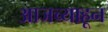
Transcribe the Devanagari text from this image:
आजच्याहून